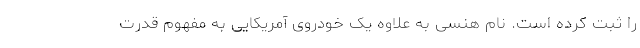
را ثبت کرده است. نام هنسی به علاوه یک خودروی آمریکایی به مفهوم قدرت